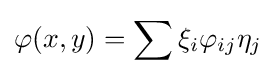
\varphi (x,y)=\sum \xi _{i}\varphi _{ij}\eta _{j}